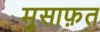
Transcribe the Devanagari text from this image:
मुसाफ़त